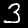
Digit: 3